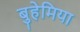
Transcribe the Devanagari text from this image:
बुहेमिया